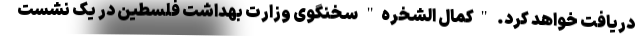
دریافت خواهد کرد. "کمال الشخره" سخنگوی وزارت بهداشت فلسطین در یک نشست